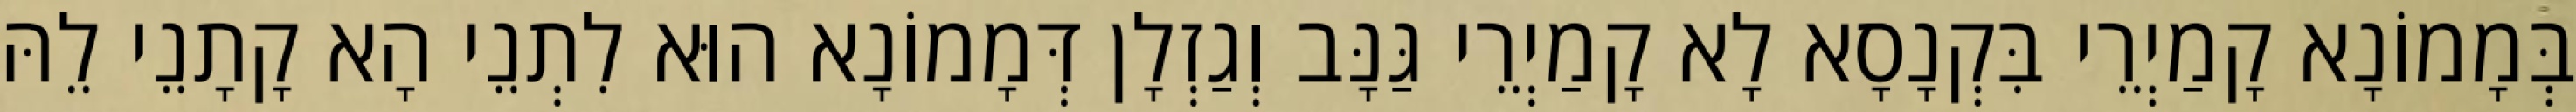
בְּמָמוֹנָא קָמַיְרֵי בִּקְנָסָא לָא קָמַיְרֵי גַּנָּב וְגַזְלָן דְּמָמוֹנָא הוּא לִתְנֵי הָא קָתָנֵי לֵהּ